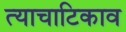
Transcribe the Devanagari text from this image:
त्याचाटिकाव